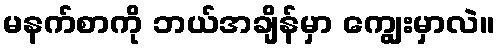
မနက်စာကို ဘယ်အချိန်မှာ ကျွေးမှာလဲ။